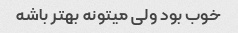
خوب بود ولی میتونه بهتر باشه